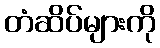
တံဆိပ်များကို